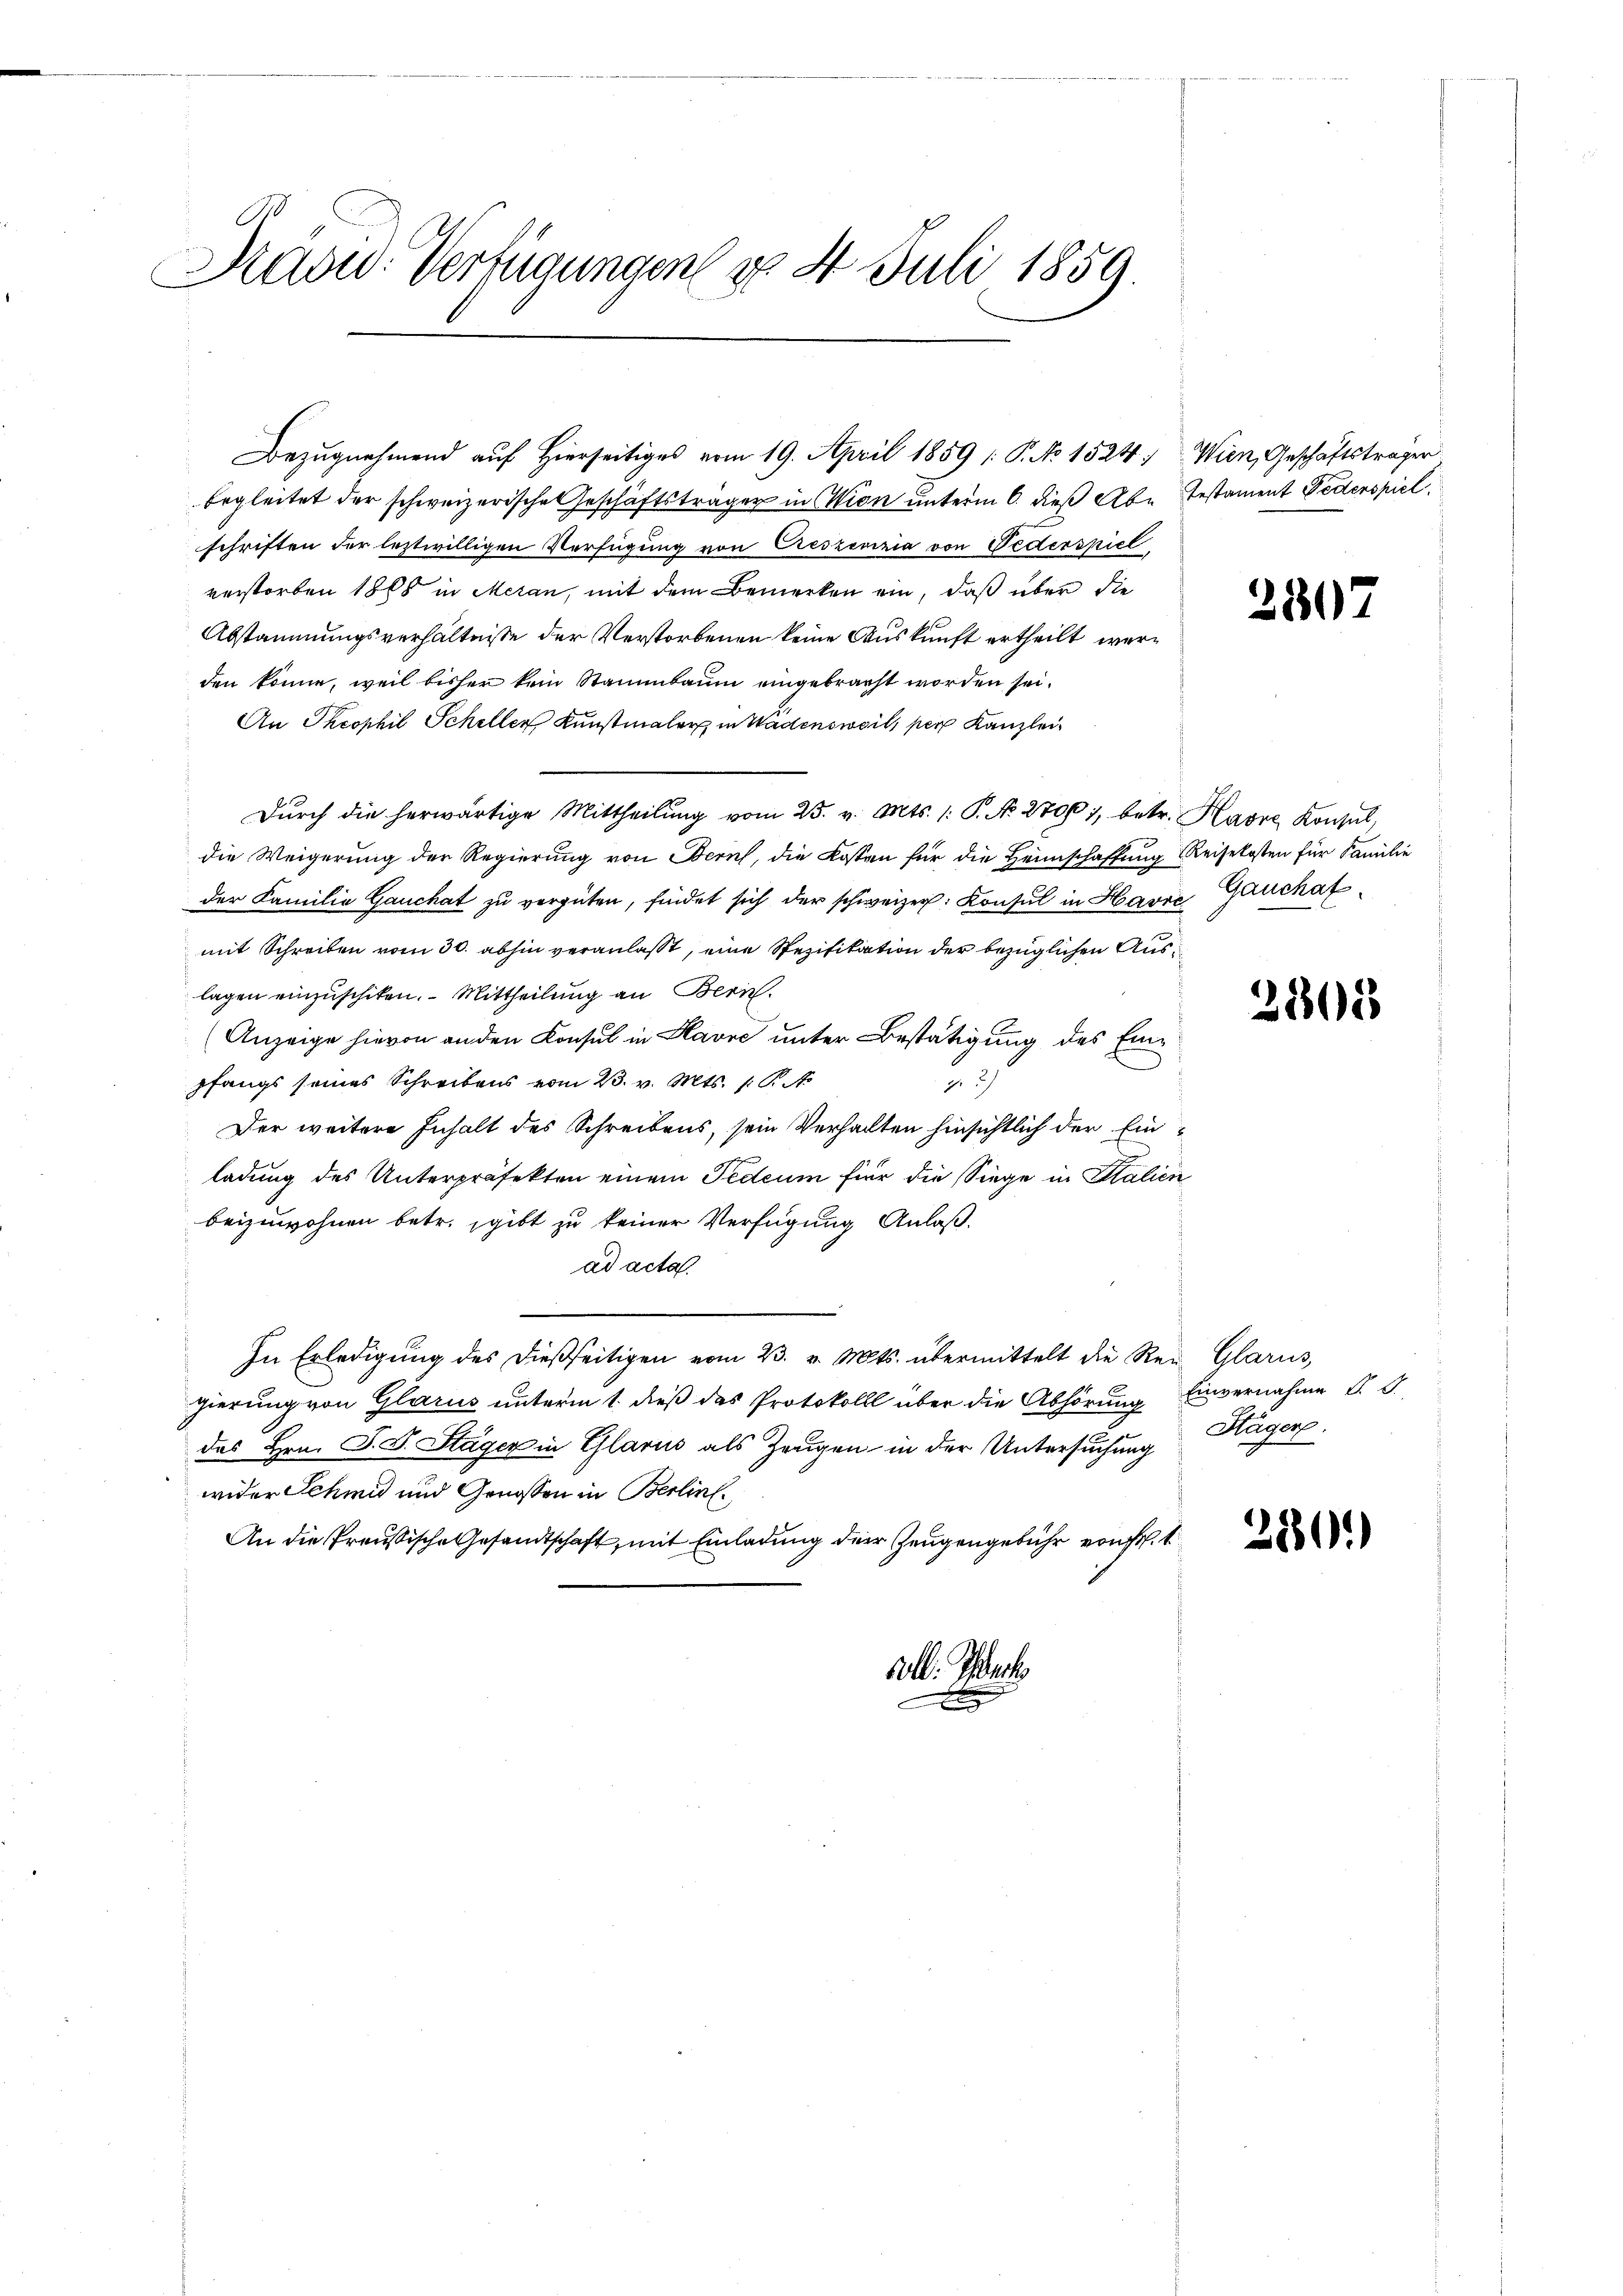
David Verfügungen d. 4. Juli 1859.

begleitet der schweizerische Geschäftsträger in Wien unterm 6. dieß Abe Testament Federspiel
schriften der leztwilligen Verfügung von Creszenzia von Federspiel,
verstorben 1868 in Meran, mit dem Bemerken ein, daß über die
Abstammungsverhältnisse der Verstorbenen keine Auskunft ertheilt werden könne, weil bisher kein Stammbaum eingebracht worden sei.
An Theophil Scheller Kunstmaler in Wädensweil, per Kanzlei
Dŭrch die herwärtige Mittheilŭng vom 25. v. Mts. 1. P. No. 2706), betr. Havre Konsul,
die Weigerung der Regierung von Bern, die Kosten für die Heimschaffung Reisekosten für Familie
der Familie Gauchat zu vergüten, findet sich der schweizer. Konsul in Havre Gauchat
mit Schreiben vom 30. abhin veranlasst, eine Spezifikation der bezüglichen Auslagen einzuschiken. Mittheilung an Bern.
Anzeige hievon an den Konsul in Havre unter Bestätigung des Einpfangs seines Schreibens vom 23. v. Mts. 1 P. No
g.
Der weitere Inhalt des Schreibens, sein Verhalten hinsichtlich der Einladung des Unterpräfekten einem Pedeum für die Siege in Salien
beizuwohnen betr. gibt zu keiner Verfügung Anlaß.
ad acta.
.
In Erledigung des dießseitigen vom 23. v. Mts. übermittelt die Rei Glarus,
gierung von Glarus unterm 1. dieß das Protokoll über die Abhörung Einvernahme S.
das Hrn. J. D. Stäger in Glarus als Zeugen in der Untersuchung Häger
wider Schmid und Genossen in Berlin.
An die Preußische Gesandtschaft, mit Einladung der Zeugengebühr von st
all. Tuch

Bezugnahmend auf Hierseitiges vom 19. April 1859 / P. No 1524, Wien, Geschäftsträger

2507

2805

2880.